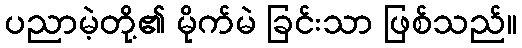
ပညာမဲ့တို့၏ မိုက်မဲ ခြင်းသာ ဖြစ်သည်။